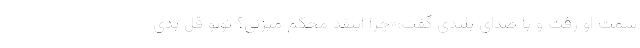
سمت او رفت و با صدای بلندی گفت:«چرا اینقد محکم میزنی؟ توپو قل بدی